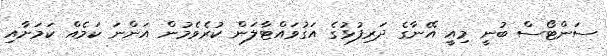
ސަންޓޯސް ބުނީ މިއީ އޭނާގެ ދަރިފުޅުގެ އަގުވައްޓާލަން ކުރެވެމުން އަންނަ ކަމެއް ކަމަށާއި